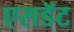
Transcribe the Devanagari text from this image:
एसडॅट